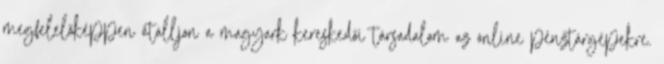
megfelelőképpen átálljon a magyark kereskedői társadalom az online pénztárgépekre.